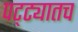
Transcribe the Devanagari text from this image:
पट्ट्यातच